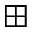
\boxplus